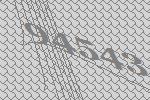
94543